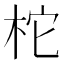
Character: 柁